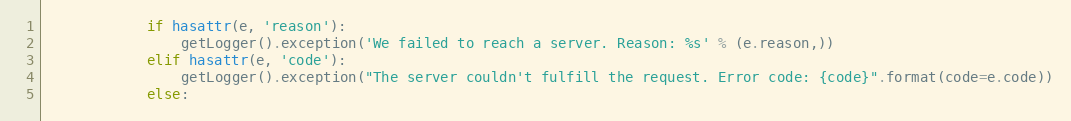
Language: Python
            if hasattr(e, 'reason'):
                getLogger().exception('We failed to reach a server. Reason: %s' % (e.reason,))
            elif hasattr(e, 'code'):
                getLogger().exception("The server couldn't fulfill the request. Error code: {code}".format(code=e.code))
            else: